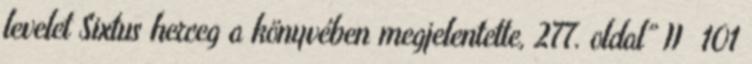
levelet Sixtus herceg a könyvében megjelentette, 277. oldal” II 101